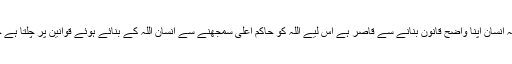
سابقہ تاریخ کے تجربات سے واضح ہے کہ انسان اپنا واضح قانون بنانے سے قاصر ہے اس لیے اللہ کو حاکمِ اعلیٰ سمجھنے سے انسان اللہ کے بنائے ہوئے قوانین پر چلتا ہے جن کا حکم دیا گیا یہی انسان کی آزادی ہے۔